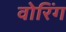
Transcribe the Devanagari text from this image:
वोरिंग